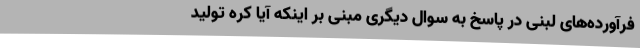
فرآورده‌های لبنی در پاسخ به سوال دیگری مبنی بر اینکه آیا کره تولید